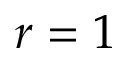
r = 1